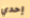
إحدي